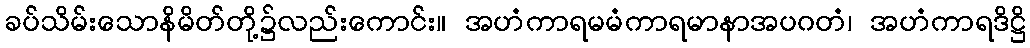
ခပ်သိမ်းသောနိမိတ်တို့၌လည်းကောင်း။ အဟံကာရမမံကာရမာနာအပဂတံ၊ အဟံကာရဒိဋ္ဌိ